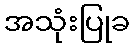
အသုံးပြုခ